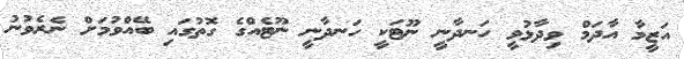
އަޒީމާ އާދަމް ވިދާޅުވީ ހަނދާނީ ނޫޓަކީ ހަނދާނީ ނޫޓެއްގެ ގޮތުގައި ބޭއްވުމަށް ނެރެވުނު